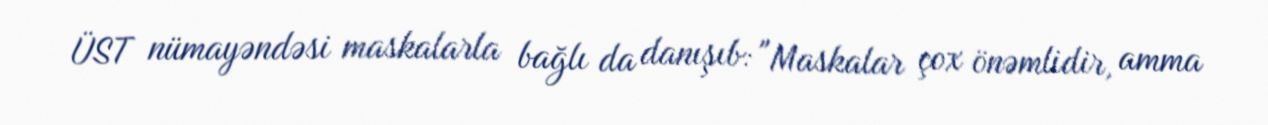
ÜST nümayəndəsi maskalarla bağlı da danışıb: "Maskalar çox önəmlidir, amma